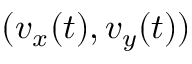
( v _ { x } ( t ) , v _ { y } ( t ) )